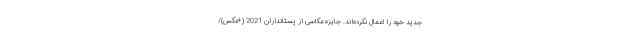
جدید خود را اعمال نکرده‌اند. جایزه عکاسی از پستانداران 2021 (+عکس)/